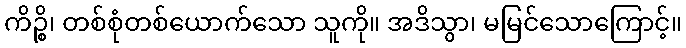
ကိဉ္စိ၊ တစ်စုံတစ်ယောက်သော သူကို။ အဒိသွာ၊ မမြင်သောကြောင့်။